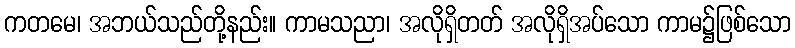
ကတမေ၊ အဘယ်သည်တို့နည်း။ ကာမသညာ၊ အလိုရှိတတ် အလိုရှိအပ်သော ကာမ၌ဖြစ်သော